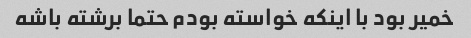
خمیر بود با اینکه خواسته بودم حتما برشته باشه